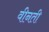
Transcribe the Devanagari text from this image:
वीनती